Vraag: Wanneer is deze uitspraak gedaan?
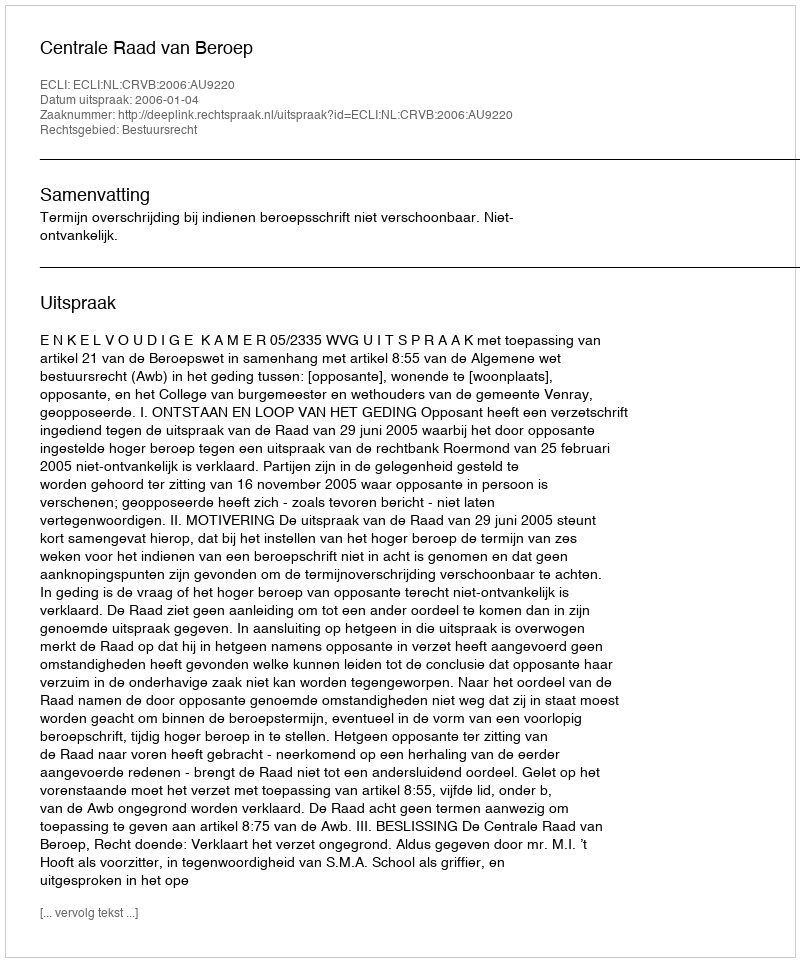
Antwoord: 2006-01-04